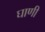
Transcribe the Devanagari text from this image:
घाणी